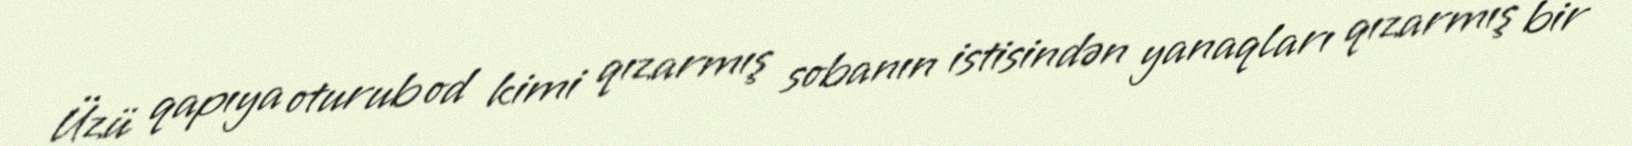
Üzü qapıya oturub od kimi qızarmış sobanın istisindən yanaqları qızarmış bir